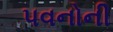
પવનોની